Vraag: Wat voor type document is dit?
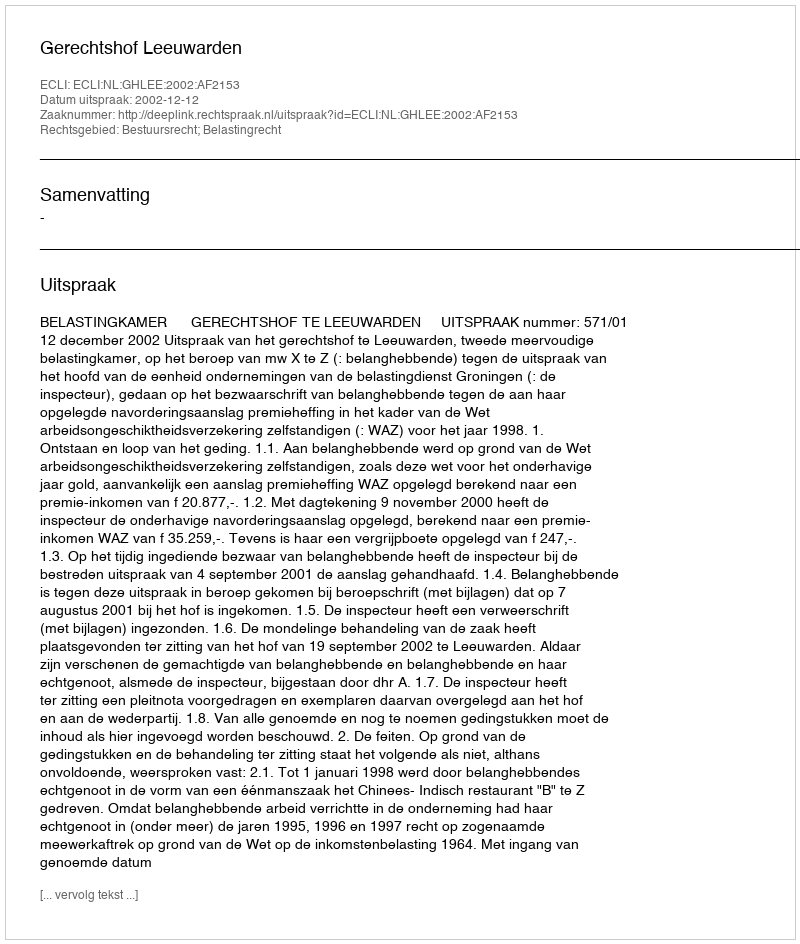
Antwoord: Uitspraak